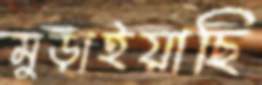
মুড়াইয়াছি